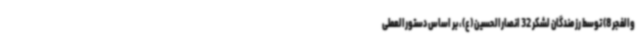
والفجر 8) توسط رزمندگان لشکر 32 انصارالحسین (ع)، بر اساس دستورالعملی